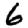
Digit: 6